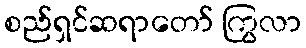
စည်ရှင်ဆရာတော် ကြွလာ